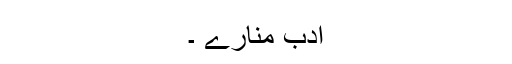
ادب منارے ۔